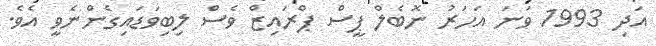
އަދި 1993 ވަނަ އަހަރު ނޮބެލް ޕީސް ޕްރައިޒް ވެސް ލިބިވަޑައިގެންނެވީ އެވެ.